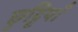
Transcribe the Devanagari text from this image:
छुट्टियाँ